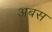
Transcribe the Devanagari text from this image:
अबस